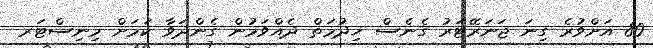
80 އަށްވުރެ ގިނަ ޖަނަރޭޓަރު ގެނެސް ޚިދުމަތް ދެއްވަމުން ގެންދަވާ ކަމަށް މިނިސްޓަރ